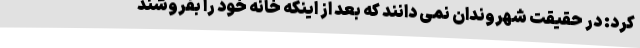
کرد: در حقیقت شهروندان نمی دانند که بعد از اینکه خانه خود را بفروشند